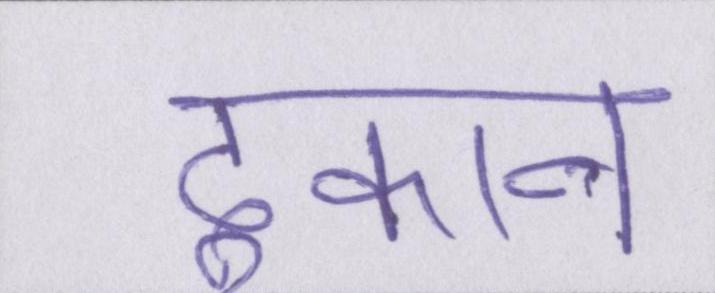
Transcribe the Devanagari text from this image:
दुकान